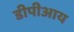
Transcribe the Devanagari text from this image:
डीपीआय